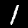
Label: 1